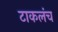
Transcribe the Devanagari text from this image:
टाकलंच